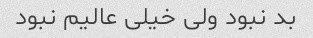
بد نبود ولی خیلی عالیم نبود